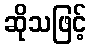
ဆိုသဖြင့်